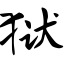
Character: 狱